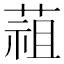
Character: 䔃